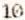
10